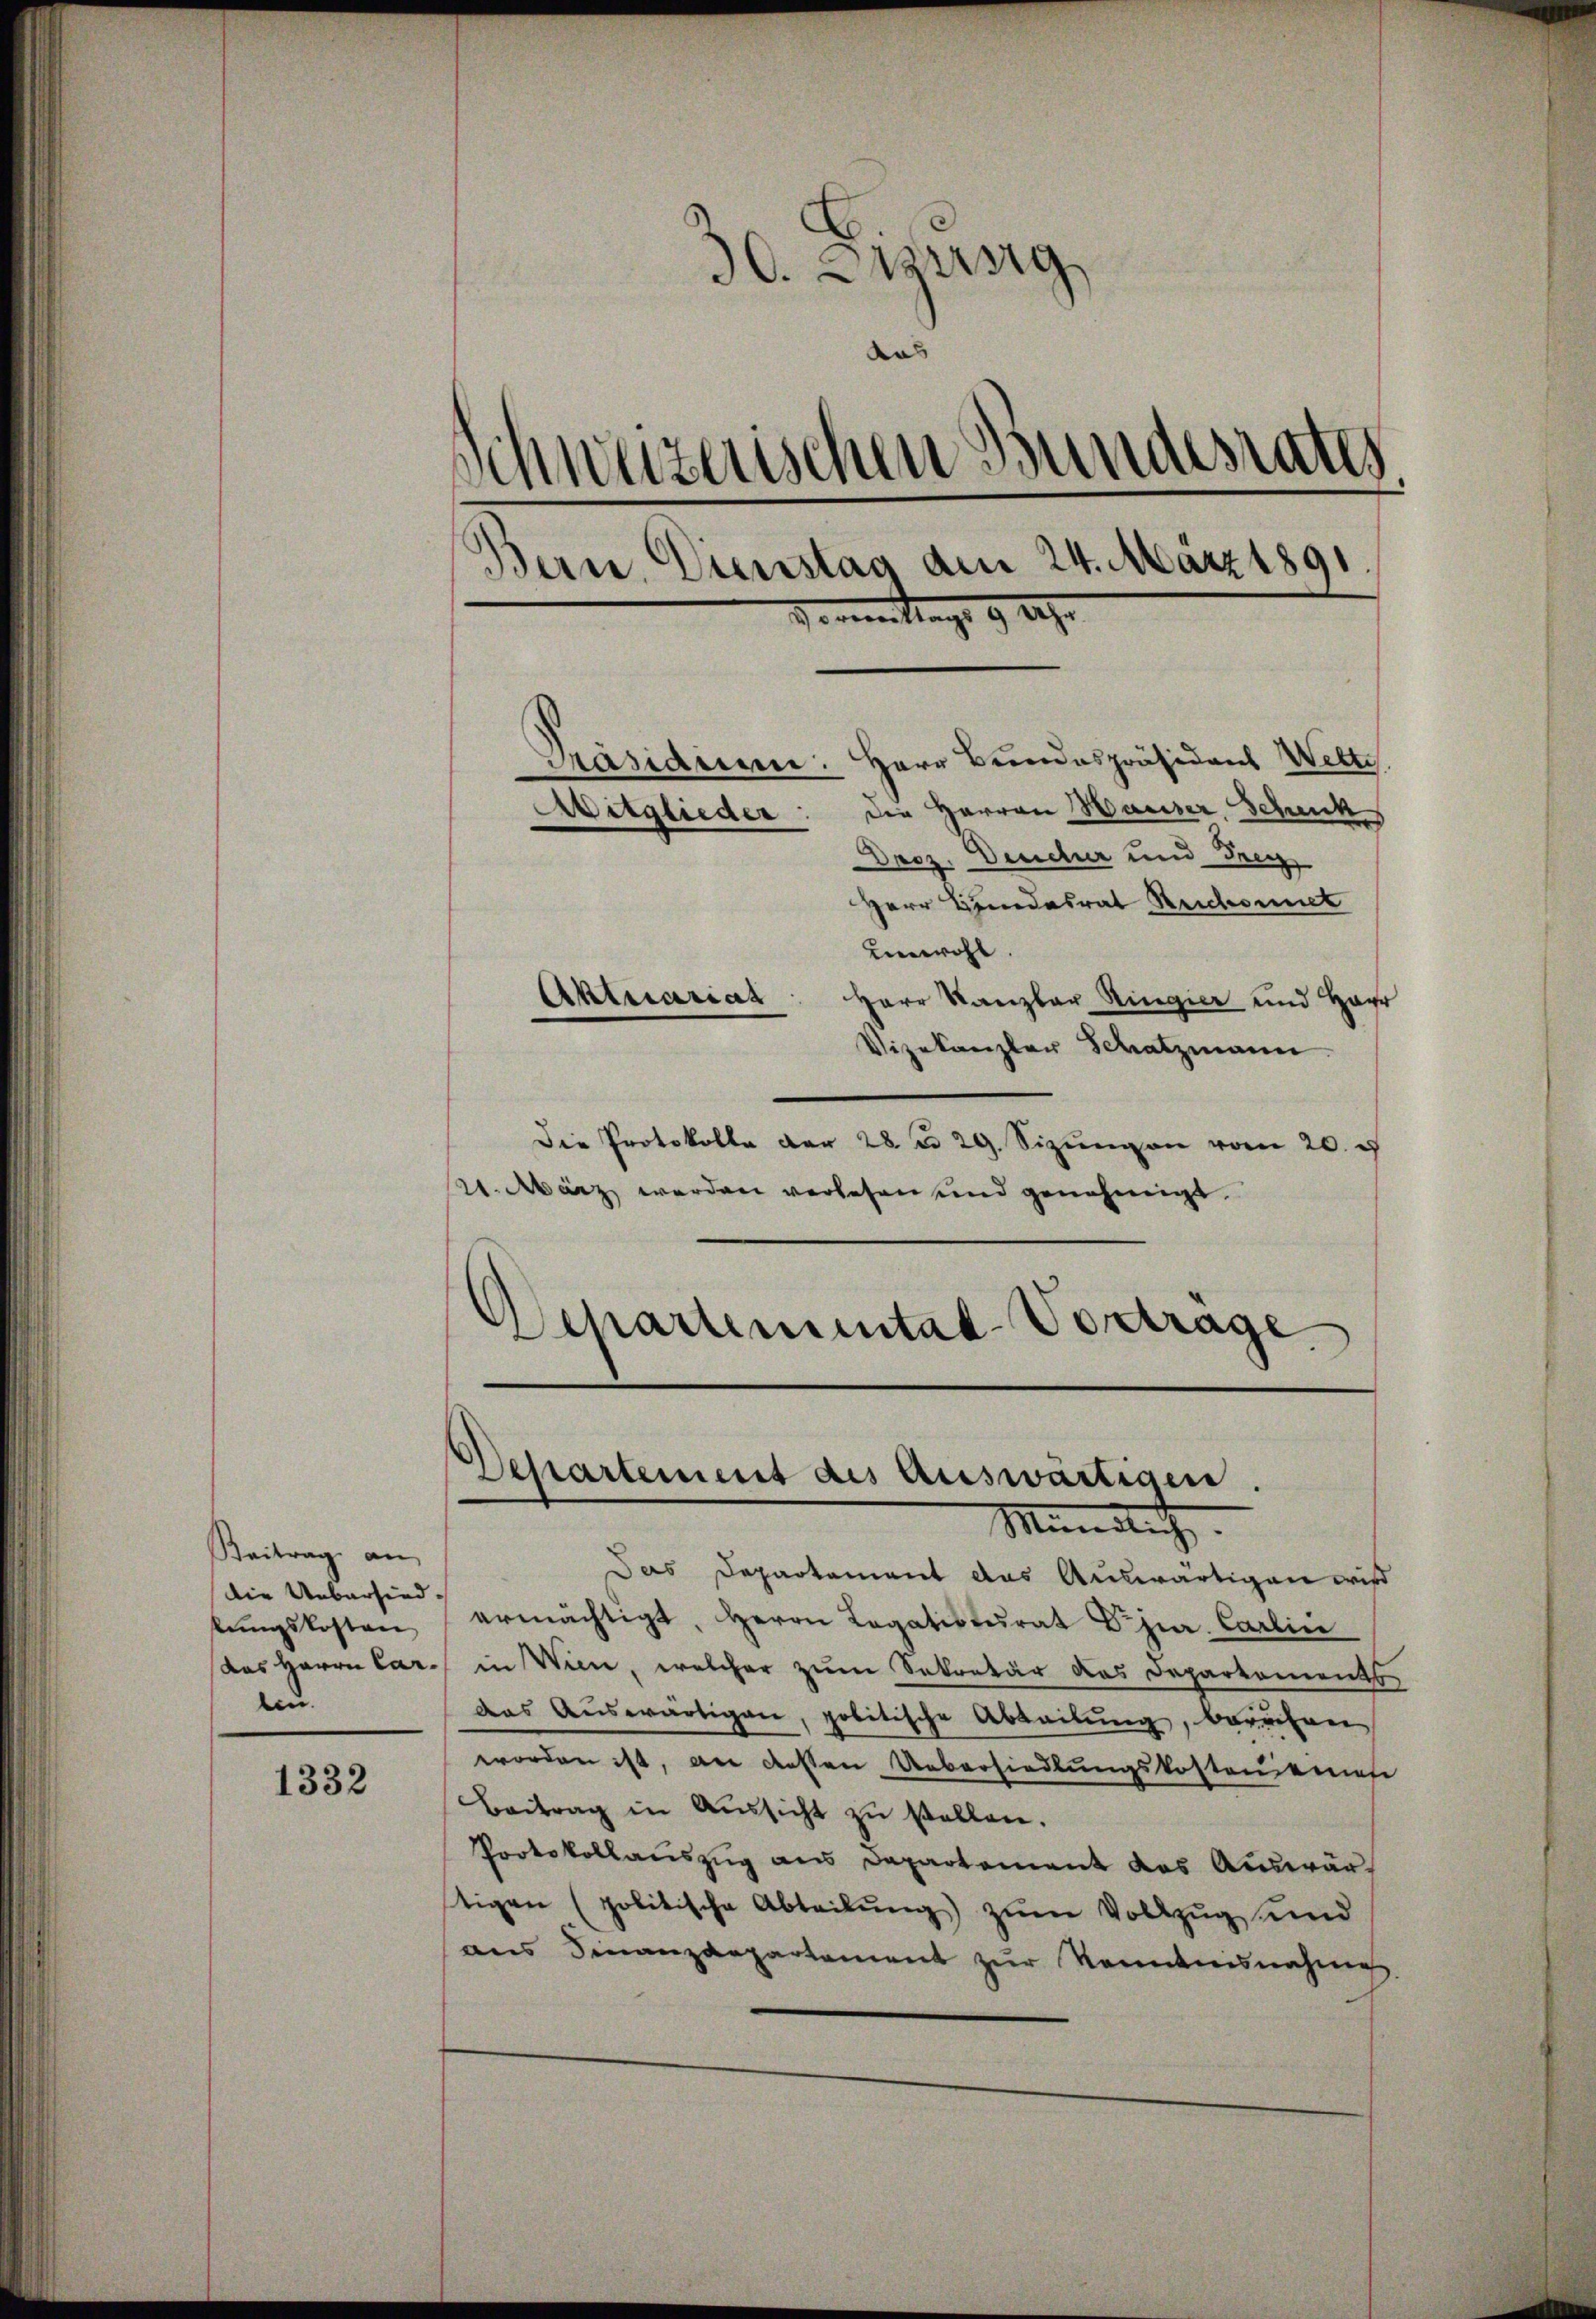
Beitrag an
Die Uebersied
tŭngskosten
lin.

1332

30. Jung
das
schweizerischen Bundesrates
Bern, Dienstag am 24. März 1891
Horenen tags 9 209.

Prasiduen. Herr Bundespräsidens Wette.
Mitglieder: die Herren Hauser, Scheut
Dasz. Deucher und Frey
Herr Bundesrat Reichnet
unwohl.
Herr Kanzler Ringier und Har
Vizekanzler Schatzmann
Die Protokolle der 28 u. 29. Sizŭngen vom 20. d
21. März werden verlesen und genehmigt.
Departemental-Vorträge

Aktuariat

Departement des Auswärtigen.
Mindlich

Das Departement das Auswärtigen wis
ermächtigt, Herrn Legatisterat Dr jur. Carlin
das Herrn Car. in Wien, welcher zum Sekretär das Departements
das Auswärtigen, politische Abteilung, beruhen
worden ist, an dersen Uebersiedlungskosten eines
Beitrag in Aŭssicht zŭ stellen.
Portokollauszug aus Departement das Auswärtigen (politische Abteilŭng zŭm Vollzŭg und
aus Finanzdepartement zur Kenntnisnahme